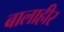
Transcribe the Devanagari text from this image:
बालाहीर